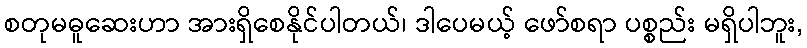
စတုမဓူဆေးဟာ အားရှိစေနိုင်ပါတယ်၊ ဒါပေမယ့် ဖော်စရာ ပစ္စည်း မရှိပါဘူး,